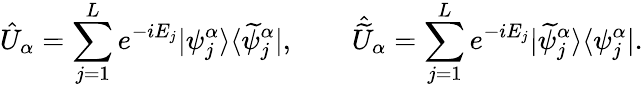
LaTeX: \hat{U}_{\alpha}=\sum_{j=1}^{L}e^{-iE_{j}}|\psi_{j}^{\alpha}\rangle\langle\widetilde{\psi}_{j}^{\alpha}|,\qquad\hat{\widetilde{U}}_{\alpha}=\sum_{j=1}^{L}e^{-iE_{j}}|\widetilde{\psi}_{j}^{\alpha}\rangle\langle\psi_{j}^{\alpha}|.